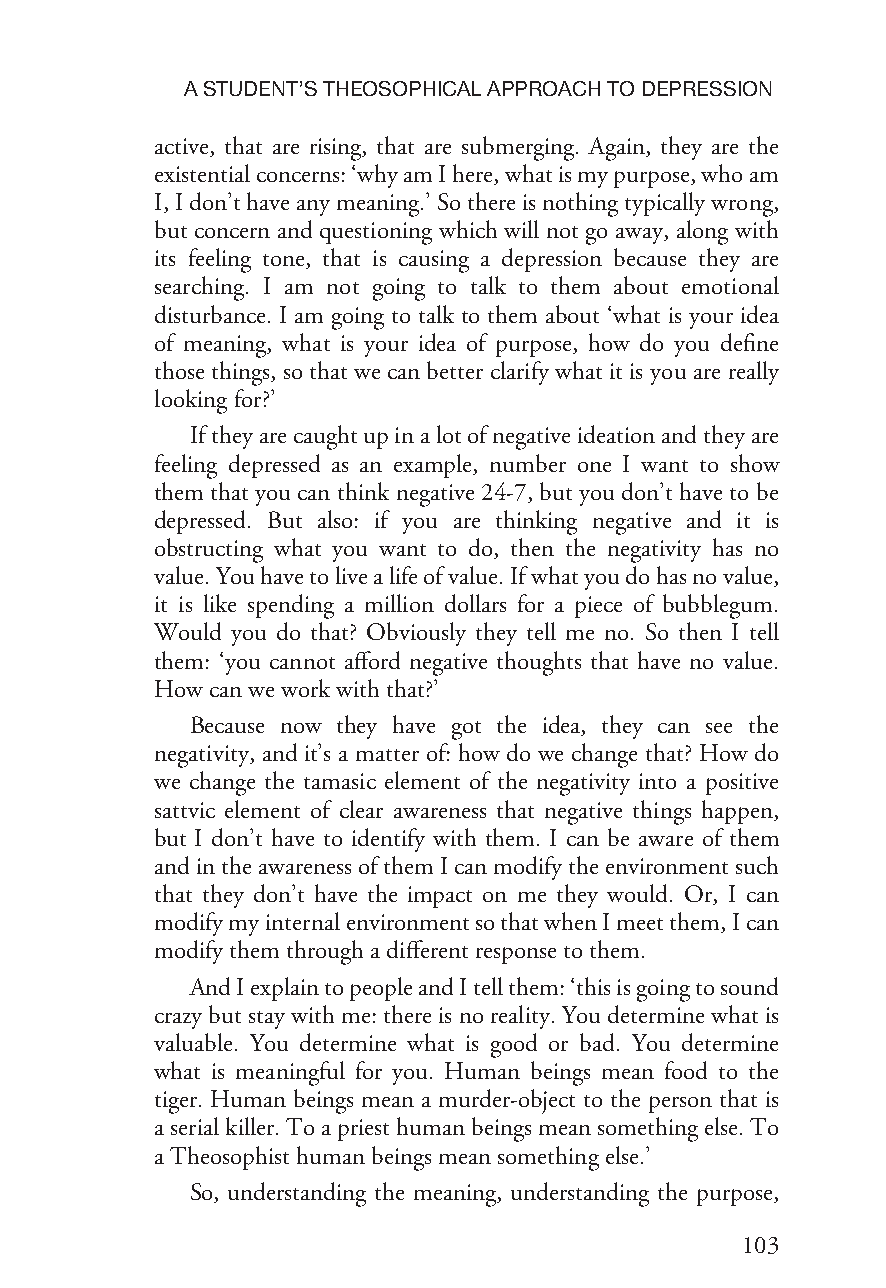
ASTUDENT’STHEOSOPHICALAPPROACHTODEPRESSION
 active, that are rising, that are submerging. Again, they are the
 existentialconcerns:‘whyamIhere,whatismypurpose,whoam
 I,Idon’thaveanymeaning.’Sothereisnothingtypicallywrong,
 but concern and questioning which will not go away, along with
 its feeling tone, that is causing a depression because they are
 searching. I am not going to talk to them about emotional
 disturbance. I am going to talk to them about ‘what is your idea
 of meaning, what is your idea of purpose, how do you define
 those things, so that we can better clarify what it is you are really
 lookingfor?’
 Iftheyarecaughtupinalotofnegativeideationandtheyare
 feeling depressed as an example, number one I want to show
 them that you can think negative 24-7, but you don’t have to be
 depressed. But also: if you are thinking negative and it is
 obstructing what you want to do, then the negativity has no
 value.Youhavetolivealifeofvalue.Ifwhatyoudohasnovalue,
 it is like spending a million dollars for a piece of bubblegum.
 Would you do that? Obviously they tell me no. So then I tell
 them: ‘you cannot afford negative thoughts that have no value.
 Howcanwework withthat?’
 Because now they have got the idea, they can see the
 negativity, and it’s a matter of: how do we change that? How do
 we change the tamasic element of the negativity into a positive
 sattvic element of clear awareness that negative things happen,
 but I don’t have to identify with them. I can be aware of them
 andintheawarenessofthemIcanmodifytheenvironmentsuch
 that they don’t have the impact on me they would. Or, I can
 modifymyinternalenvironmentsothatwhenImeetthem,Ican
 modifythemthroughadifferentresponsetothem.
 AndIexplaintopeopleandItellthem:‘thisisgoingtosound
 crazybutstaywithme:thereisnoreality.Youdeterminewhatis
 valuable. You determine what is good or bad. You determine
 what is meaningful for you. Human beings mean food to the
 tiger. Human beings mean a murder-object to the person that is
 aserialkiller.Toapriesthumanbeingsmeansomethingelse.To
 aTheosophist humanbeingsmeansomething else.’
 So, understanding the meaning, understanding the purpose,
 103